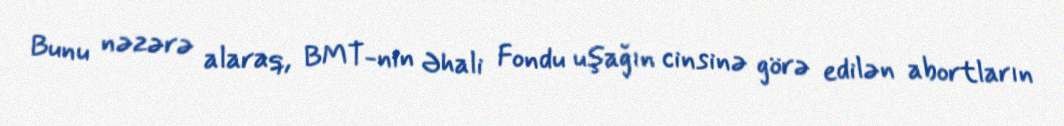
Bunu nəzərə alaraq, BMT-nin Əhali Fondu uşağın cinsinə görə edilən abortların